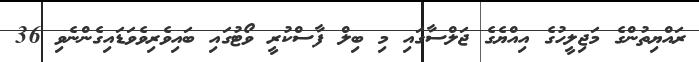
ރައްޔިތުންގެ މަޖިލީހުގެ އިއްޔެގެ ޖަލްސާގައި މި ބިލް ފާސްކުރީ ވޯޓުގައި ބައިވެރިވެވަޑައިގެންނެވި 36